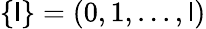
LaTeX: \{ \mathsf{l}\} =(0,1,...,\mathsf{l})